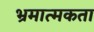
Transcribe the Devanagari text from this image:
भ्रमात्मकता